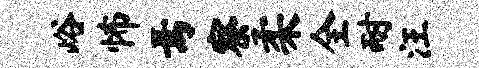
峪怖焉察柔全耐汪